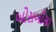
બોસબૌસા